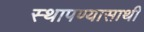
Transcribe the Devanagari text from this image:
स्थापण्यासाथी